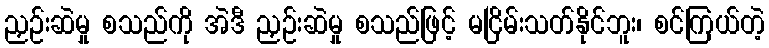
ညှဉ်းဆဲမှု စသည်ကို အဲဒီ ညှဉ်းဆဲမှု စသည်ဖြင့် မငြိမ်းသတ်နိုင်ဘူး၊ စင်ကြယ်တဲ့